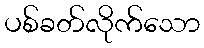
ပစ်ခတ်လိုက်သော